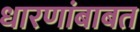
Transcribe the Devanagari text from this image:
धारणांबाबत